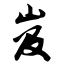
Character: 岌